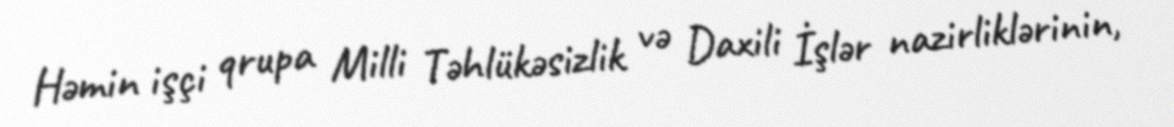
Həmin işçi qrupa Milli Təhlükəsizlik və Daxili İşlər nazirliklərinin,